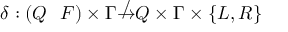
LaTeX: \delta : ( Q \setminus F ) \times \Gamma \not \to Q \times \Gamma \times \{ L , R \}